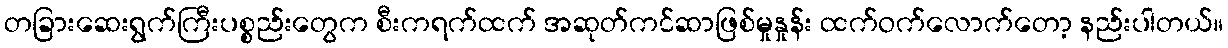
တခြားဆေးရွက်ကြီးပစ္စည်းတွေက စီးကရက်ထက် အဆုတ်ကင်ဆာဖြစ်မှုနှုန်း ထက်ဝက်လောက်တော့ နည်းပါတယ်။